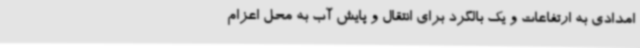
امدادی به ارتفاعات و یک بالگرد برای انتقال و پایش آب به محل اعزام